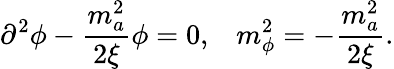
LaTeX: \partial^{2}\phi-{\frac{m_{a}^{2}}{2\xi}}\phi=0,\; \; \; m_{\phi}^{2}=-{\frac{m_{a}^{2}}{2\xi}}.